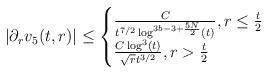
LaTeX: \begin{align*} |\partial_{r}v_{5}(t,r)| \leq \begin{cases} \frac{C}{t^{7/2} \log^{3b-3+\frac{5N}{2}}(t)}, r \leq \frac{t}{2}\\\frac{C \log^{3}(t)}{\sqrt{r} t^{3/2}}, r > \frac{t}{2}\end{cases}\end{align*}